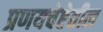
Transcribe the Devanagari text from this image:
प्रणयचेष्टेतील